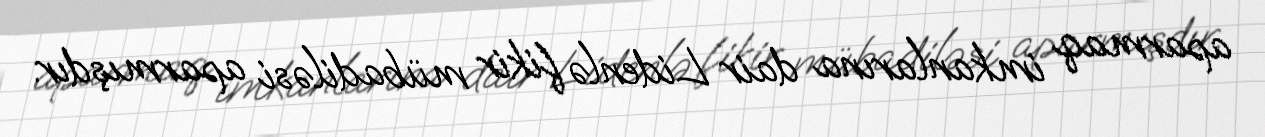
aparmaq imkanlarına dair Lidenlə fikir mübadiləsi aparmışdır.